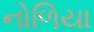
નોળિયા